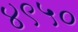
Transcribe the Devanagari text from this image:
४९५०